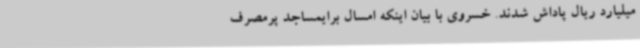
میلیارد ریال پاداش شدند. خسروی با بیان اینکه امسال برایمساجد پرمصرف